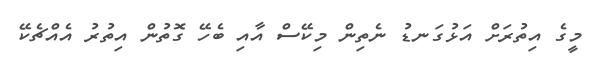
މީގެ އިތުރަށް އަޅުގަނޑު ނެތިން މިކޭސް އާއި ބެހޭ ގޮތުން އިތުރު އެއްޗެކޭ